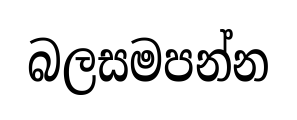
බලසමපන්න